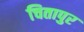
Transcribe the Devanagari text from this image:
चितापुर